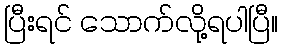
ပြီးရင် သောက်လို့ရပါပြီ။